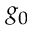
g _ { 0 }